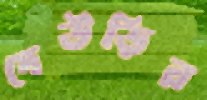
দেউড়ির